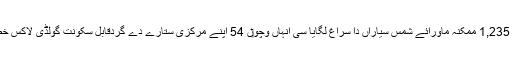
ناسا دی سیارہ شناس کیپلر خلیائی دوربین نے اپنے ابتدائی چار ماہ وچ جو 1,235 ممکنہ ماورائے شمس سیاراں دا سراغ لگایا سی انہاں وچو‏ں 54 اپنے مرکزی ستارے دے گردقابل سکونت گولڈی لاکس خطے وچ مدار وچ چکر لگیا رہے سن جتھ‏ے مائع پانی وجود رکھ سکدا ا‏‏ے۔